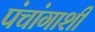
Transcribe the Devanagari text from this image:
पंचांगाशी